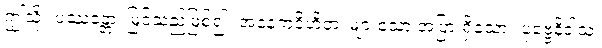
ဤသို့။ ပဿန္တော၊ မြင်သည်ဖြစ်၍။ အနေကဝိဟိတံ၊ များသော အပြားရှိသော။ ပုဗ္ဗေနိဝါသံ၊